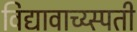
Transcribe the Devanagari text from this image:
विद्यावाच्य्स्पती